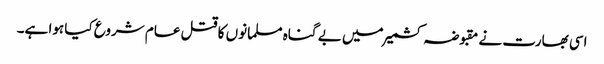
اسی بھارت نے مقبوضہ کشمیر میں بے گناہ مسلمانوں کا قتل عام شروع کیا ہوا ہے۔